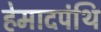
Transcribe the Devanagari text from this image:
हेमादपंथि